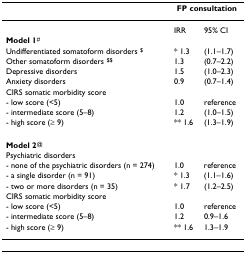
<table><thead><tr><td></td><td colspan="2"><b>FP consultation</b></td></tr></thead><tbody><tr><td></td><td>IRR</td><td>95% CI</td></tr><tr><td><b>Model 1</b><sup>#</sup></td><td></td><td></td></tr><tr><td>Undifferentiated somatoform disorders <sup>$</sup></td><td>* 1.3</td><td>(1.1–1.7)</td></tr><tr><td>Other somatoform disorders <sup>$$</sup></td><td>1.3</td><td>(0.7–2.2)</td></tr><tr><td>Depressive disorders</td><td>1.5</td><td>(1.0–2.3)</td></tr><tr><td>Anxiety disorders</td><td>0.9</td><td>(0.7–1.4)</td></tr><tr><td>CIRS somatic morbidity score</td><td></td><td></td></tr><tr><td>- low score (&lt;5)</td><td>1.0</td><td>reference</td></tr><tr><td>- intermediate score (5–8)</td><td>1.2</td><td>(1.0–1.5)</td></tr><tr><td>- high score (≥ 9)</td><td>** 1.6</td><td>(1.3–1.9)</td></tr><tr><td><b>Model 2</b><sup>@</sup></td><td></td><td></td></tr><tr><td>Psychiatric disorders</td><td></td><td></td></tr><tr><td>- none of the psychiatric disorders (n = 274)</td><td>1.0</td><td>reference</td></tr><tr><td>- a single disorder (n = 91)</td><td>* 1.3</td><td>(1.1–1.6)</td></tr><tr><td>- two or more disorders (n = 35)</td><td>* 1.7</td><td>(1.2–2.5)</td></tr><tr><td>CIRS somatic morbidity score</td><td></td><td></td></tr><tr><td>- low score (&lt;5)</td><td>1.0</td><td>reference</td></tr><tr><td>- intermediate score (5–8)</td><td>1.2</td><td>0.9–1.6</td></tr><tr><td>- high score (≥ 9)</td><td>** 1.6</td><td>1.3–1.9</td></tr></tbody></table>